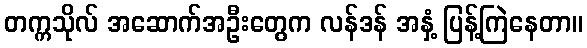
တက္ကသိုလ် အဆောက်အဦးတွေက လန်ဒန် အနှံ့ ပြန့်ကြဲနေတာ။